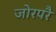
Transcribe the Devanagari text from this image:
जोरपरै